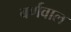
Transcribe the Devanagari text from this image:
बर्णवाल